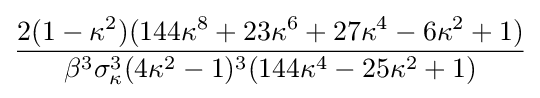
{\frac {2(1-\kappa ^{2})(144\kappa ^{8}+23\kappa ^{6}+27\kappa ^{4}-6\kappa ^{2}+1)}{\beta ^{3}\sigma _{\kappa }^{3}(4\kappa ^{2}-1)^{3}(144\kappa ^{4}-25\kappa ^{2}+1)}}